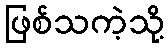
ဖြစ်သကဲ့သို့